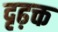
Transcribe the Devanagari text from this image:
दृढ़क्त